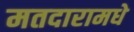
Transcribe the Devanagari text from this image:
मतदारामधे